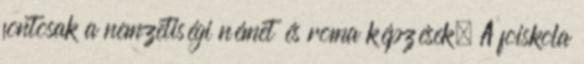
fontosak a nemzetiségi német és roma képzések. A fõiskola